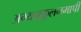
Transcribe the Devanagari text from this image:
अभ्यनुकूलनमापी